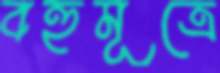
বহুমূত্রে